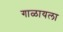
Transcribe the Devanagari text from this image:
गाळायला